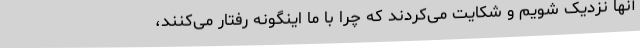
آنها نزدیک شویم و شکایت می‌کردند که چرا با ما اینگونه رفتار می‌کنند،